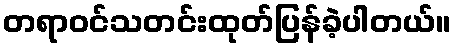
တရာဝင်သတင်းထုတ်ပြန်ခဲ့ပါတယ်။